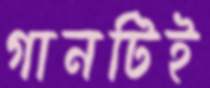
গানটিই